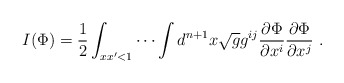
\begin{align*}I(\Phi)=\frac{1}{2}\int_{xx'<1}\cdots\int d^{n+1}x\sqrt{g}g^{ij}\frac{\partial\Phi}{\partial x^i}\frac{\partial\Phi}{\partial x^j}~.\end{align*}